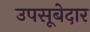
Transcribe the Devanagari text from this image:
उपसूबेदार